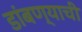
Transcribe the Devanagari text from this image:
डांबण्याची